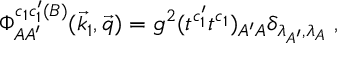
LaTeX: \Phi _ { A A ^ { \prime } } ^ { c _ { 1 } c _ { 1 } ^ { \prime } ( B ) } ( \vec { k } _ { 1 } , \vec { q } ) = g ^ { 2 } ( t ^ { c _ { 1 } ^ { \prime } } t ^ { c _ { 1 } } ) _ { A ^ { \prime } A } \delta _ { \lambda _ { A ^ { \prime } } , \lambda _ { A } } \; ,